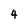
Character: 4